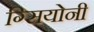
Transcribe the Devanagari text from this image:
ग्सियोनी